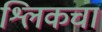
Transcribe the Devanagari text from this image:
श्लिकचा